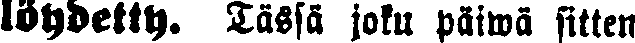
löydetty. Tässä joku päiwä sitten